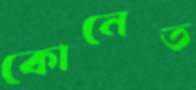
কোনেত